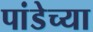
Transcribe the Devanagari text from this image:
पांडेच्या